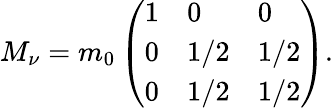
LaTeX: M_{\nu}=m_{0}\left(\begin{array}{lll}{{1}}&{{0}}&{{0}}\\ {{0}}&{{1/2}}&{{1/2}}\\ {{0}}&{{1/2}}&{{1/2}}\end{array}\right).